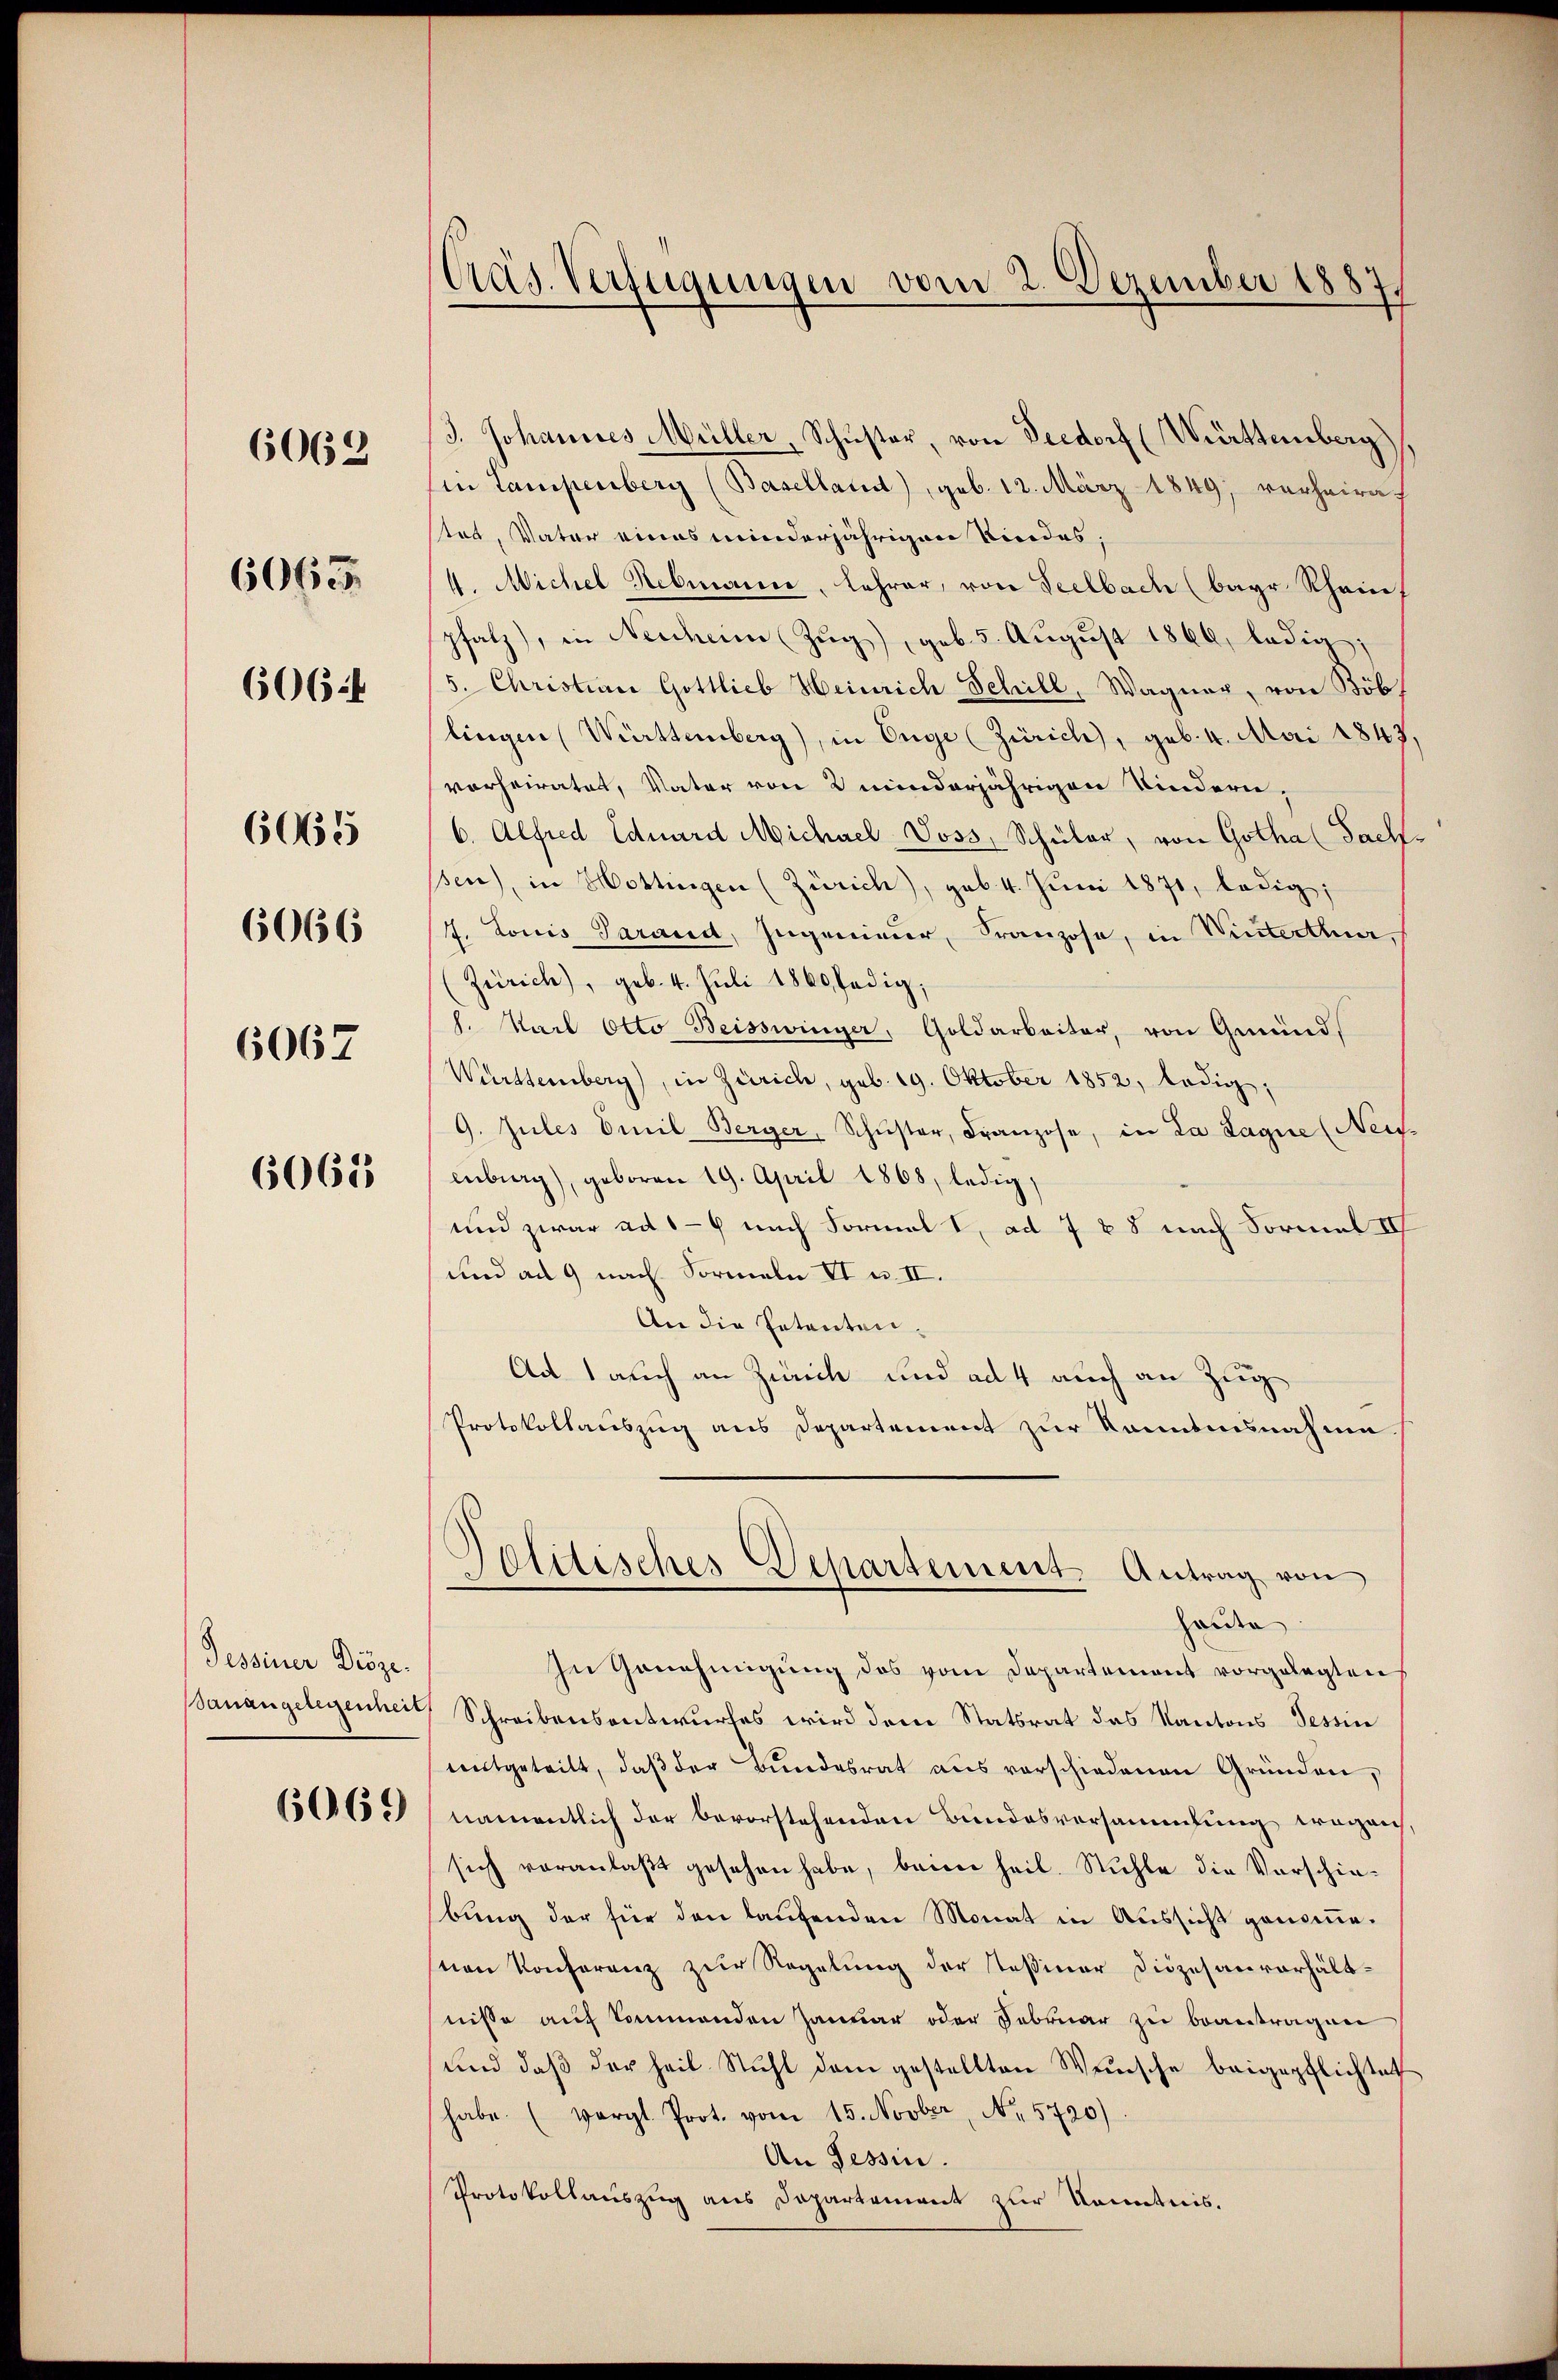
6062

6065

6066
6067

606 f

6065

6068

Tessiner Diöze.
Banangelegenheit

6069

Päs. Verfügungen vom 2. Dezember 1887.

3. Johannes Müller, Schŭster, von Seedorf (Württemberg)
in Lampenberg (Baselland), geb. 12. März 1849; verheirates, Vater eines minderjährigen Kindes,
4. Michel Rebmanne, Lehrer, von Seelbach (bayr Rhein.
pfalz), in Nescheine Zŭg, geb. 5. August 1866, ledig;
5. Christian Gottlieb Heinrich Schill, Wagner, von Böb
lingen Württemberg), in Enge (Zürich), geb. 4. Mai 1843,
vorheiratet, Vater von 2 minderjährigen Kindern,
6. Alfred Eduard Michael Voss, Schüler, von Gotha (Sach
sen), in Hottingen (Zürich), geb. 4. Juni 1871, ledig,
7. Louis Parand, Ingenieur, Franzose, in Winterthur,
(Zürich), geb. 4. Juli 1860fädig;
1. Nach Otto Beisswinger, Goldarbeiter, von Gemünd¬
Württemberg), in Zürich, geb. 19. Oktober 1852, ledig,
9. Jules Emil Berger, Schŭster, Franzose, in La Sagne (Neifenburg), geboren 19. April 1868, ledig,
und zwar ad 1—9 nach Formal I, ad 7 & 8 nach Formel II
und ad 9 nach Formeln II u. II.
An die Entreten.
Ad 1 auch an Zürich und ad 4 auch an Zug
Protokollauszug aus Departement zur Kenntnisnahme
Pelitisches Departement. Antrag von
Heiden
zu Genehmigung des vom Departement vorgelegten
Schreibensentwurfes wird dem Statsrat das Kantons Tessin
mitgeteilt, daβ der Bŭndesrat aus verschiedenen Gründen,
namentlich der bevorstehenden Bundesversammlung wegen
sich veranlaßt gesehen habe, beim heil. Stuhle die Vorschiebung der für den laufenden Monat in Aussicht genomme.
on Konferenz zur Regelung der Teßiner Diözesanverhältnisse auf kommenden Januar oder Februar zu beantragen
und daβ der heil Stuhl dem gestellten Weische beigepflichtet
habe. (vergl. Prot. vom 15. Novber, No. 5720).
An Tessin.
Protokollauszug aus Departement zur Kenntnis.